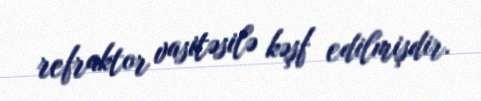
refraktor vasitəsilə kəşf edilmişdir.